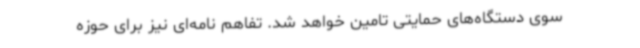
سوی دستگاه‌های حمایتی تامین خواهد شد. تفاهم نامه‌ای نیز برای حوزه